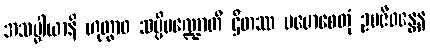
အသပ္ပါယာနိ ဟုတွာဝ သပ္ပိမဏ္ဍောတိ ဌိတဿ ပမောစေတုံ ဥပဇီဝန္တေန